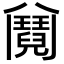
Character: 𩰕